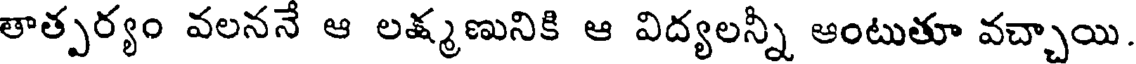
తాత్పర్యం వలననే ఆ లక్ష్మణునికి ఆ విద్యలన్నీ ఆంటుతూ వచ్చాయి.